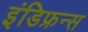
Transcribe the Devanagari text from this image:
इंडिफ्रन्स